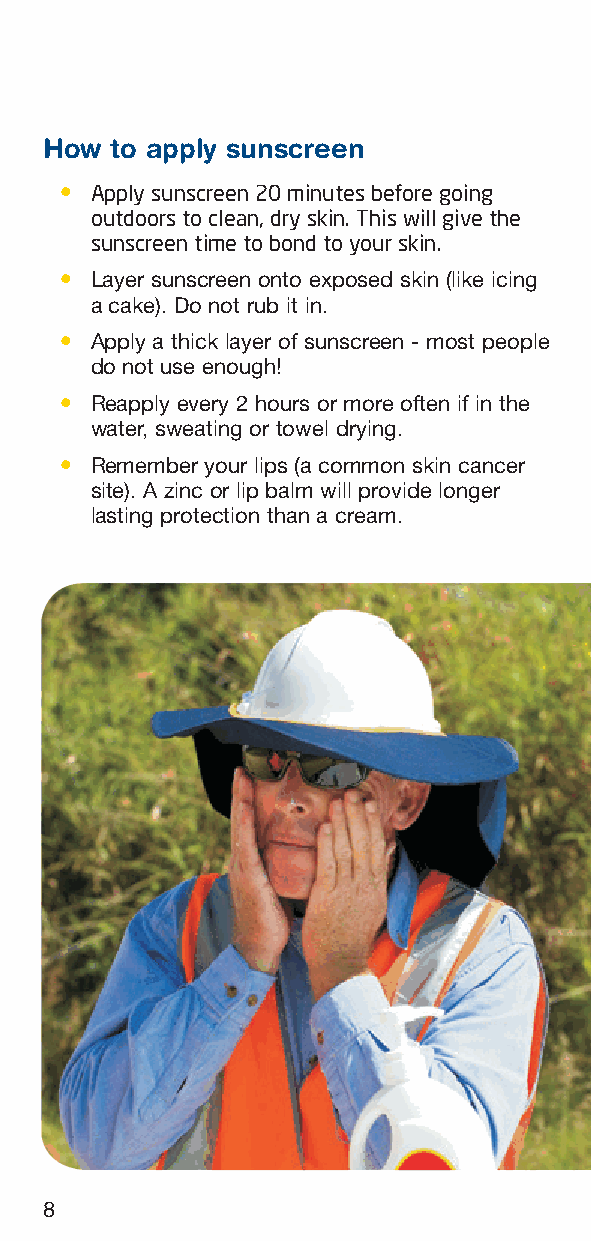
How to apply sunscreen
 l Apply sunscreen 20 minutes before going
 outdoors to clean, dry skin. This will give the
 sunscreen time to bond to your skin.
 l Layer sunscreen onto exposed skin (like icing
 a cake). Do not rub it in.
 l Apply a thick layer of sunscreen - most people
 do not use enough!
 l Reapply every 2 hours or more often if in the
 water, sweating or towel drying.
 l Remember your lips (a common skin cancer
 site). A zinc or lip balm will provide longer
 lasting protection than a cream.
 8